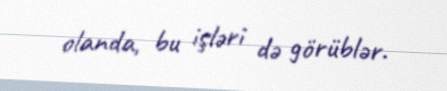
olanda, bu işləri də görüblər.